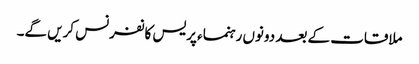
ملاقات کے بعد دونوں رہنماء پریس کانفرنس کریں گے۔